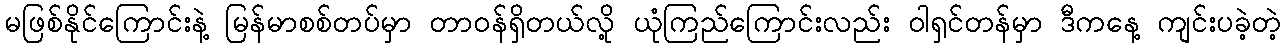
မဖြစ်နိုင်ကြောင်းနဲ့ မြန်မာစစ်တပ်မှာ တာဝန်ရှိတယ်လို့ ယုံကြည်ကြောင်းလည်း ဝါရှင်တန်မှာ ဒီကနေ့ ကျင်းပခဲ့တဲ့